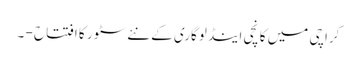
کراچی میں کانچی اینڈ لوگاری کے نئے سٹور کا افتتاح - ۔